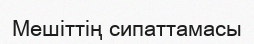
Мешіттің сипаттамасы